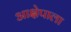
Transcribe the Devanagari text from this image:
आक्षेपाला